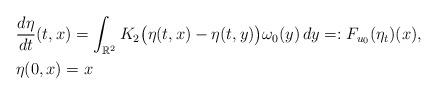
LaTeX: \begin{align*} &\frac{d\eta}{dt}(t,x) = \int_{\mathbb{R}^2} K_2\big(\eta(t,x) - \eta(t,y) \big) \omega_0(y) \, dy =: F_{u_0}(\eta_t)(x), \\ &\eta(0, x) = x \end{align*}